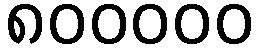
၈၀၀၀၀၀